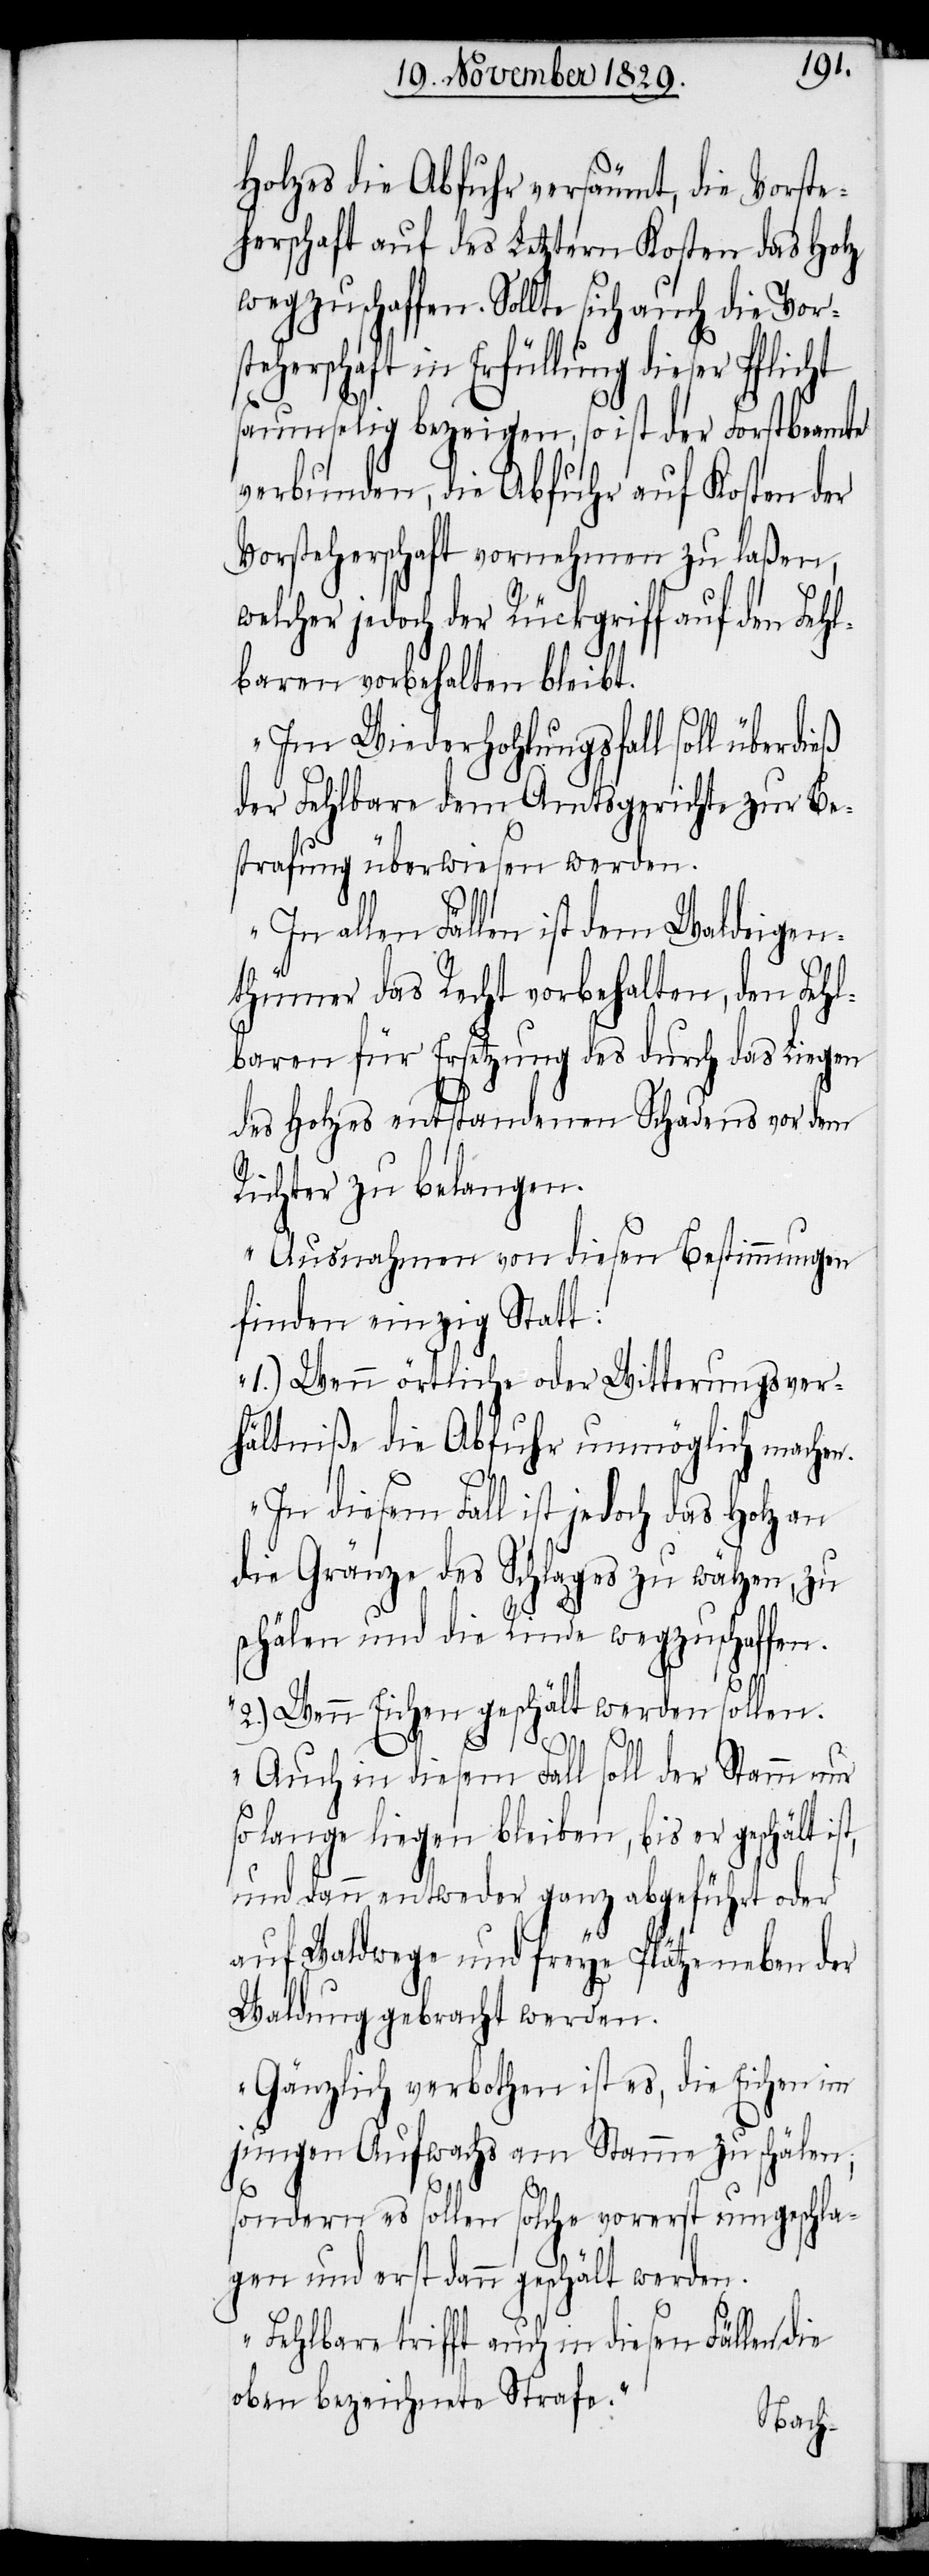
Holzes die Abfuhr versäumt, die Vorste¬
herschaft auf des Letztern Kosten das Holz
wegzuschaffen. Sollte sich auch die Vors¬
erschaft in Erfüllung dieser Pflicht
saumselig bezeigen, so ist der Forstbeamte
verbunden, die Abfuhr auf Kosten der
Vorsteherschaft vornehmen zu laßen,
welcher jedoch der Rückgriff auf den Fehl¬
baren vorbehalten bleibt.
„Im Wiederhohlungsfall soll überdieß
der Fehlbare dem Amtsgerichte zur Be¬
strafung überwiesen werden.
„In allen Fällen ist dem Waldeigen¬
thümer das Recht vorbehalten, den Fehl¬
baren für Ersetzung des durch das Liegen
des Holzes entstandenen Schadens vor dem
Richter zu belangen.
Ausnahmen von diesen Bestimmungen
finden einzig Statt:
1.) Wenn örtliche oder Witterungsver¬
hältniße die Abfuhr unmöglich machen.
In diesem Fall ist jedoch das Holz an
die Gränze des Schlages zu wälzen, zu
schälen und die Rinde wegzuschaffen.
2.) Wenn Eichen geschält werden sollen.
Auch in diesem Fall soll der Stamm nur
so lange liegen bleiben, bis er geschält is¬
und dann entweder ganz abgeführt oder
auf Waldwege und freye Plätze neben der
Waldung gebracht werden.
Gänzlich verbothen ist es, die Eichen im
jungen Aufwachs am Stamme zu schälen;
t,
sondern es sollen solche vorerst umgeschla¬
gen und erst dann geschält werden.
Fehlbare trifft auch in diesen Fällen die
oben bezeichnete Strafe.“